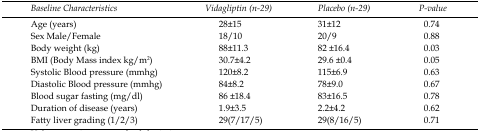
<table><thead><tr><td><b>Baseline Characteristics</b></td><td><b>Vildagliptin (n-29)</b></td><td><b>Placebo (n-29)</b></td><td><b>P-value</b></td></tr></thead><tbody><tr><td>Age (years)</td><td>28±15</td><td>31±12</td><td>0.74</td></tr><tr><td>Sex Male/Female</td><td>18/10</td><td>20/9</td><td>0.88</td></tr><tr><td>Body weight (kg)</td><td>88±11.3</td><td>82 ±16.4</td><td>0.03</td></tr><tr><td>BMI (Body Mass index kg/m<sup>2</sup>)</td><td>30.7±4.2</td><td>29.6 ±0.4</td><td>0.05</td></tr><tr><td>Systolic Blood pressure (mmhg)</td><td>120±8.2</td><td>115±6.9</td><td>0.63</td></tr><tr><td>Diastolic Blood pressure (mmhg)</td><td>84±8.2</td><td>78±9.0</td><td>0.67</td></tr><tr><td>Blood sugar fasting (mg/dl)</td><td>86 ±18.4</td><td>83±16.5</td><td>0.78</td></tr><tr><td>Duration of disease (years)</td><td>1.9±3.5</td><td>2.2±4.2</td><td>0.62</td></tr><tr><td>Fatty liver grading (1/2/3)</td><td>29(7/17/5)</td><td>29(8/16/5)</td><td>0.71</td></tr></tbody></table>